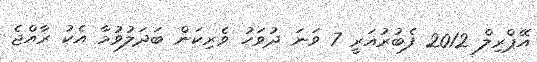
އޭޕްރިލް 2012 ފެބުރުއަރީ 7 ވަނަ ދުވަހު ވެރިކަން ބަދަލުވުމާ އެކު ރާއްޖެ